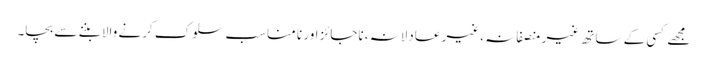
مجھے کسی کے ساتھ غیر منصفانہ ،غیر عادلانہ ،ناجائز اور نا مناسب سلوک کرنے والا بننے سے بچا۔